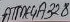
Text: ATMEGA328